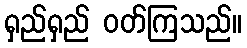
ရှည်ရှည် ဝတ်ကြသည်။